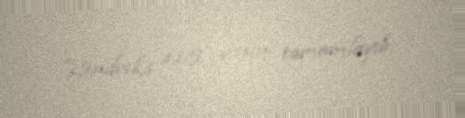
Hendriks 115 yaşını tamamlayıb.